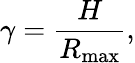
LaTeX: \gamma=\frac{H}{R_{\mathrm{{max}}}},